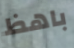
باهظ